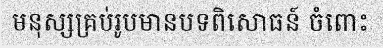
មនុស្សគ្រប់រូបមានបទពិសោធន៍ ចំពោះ